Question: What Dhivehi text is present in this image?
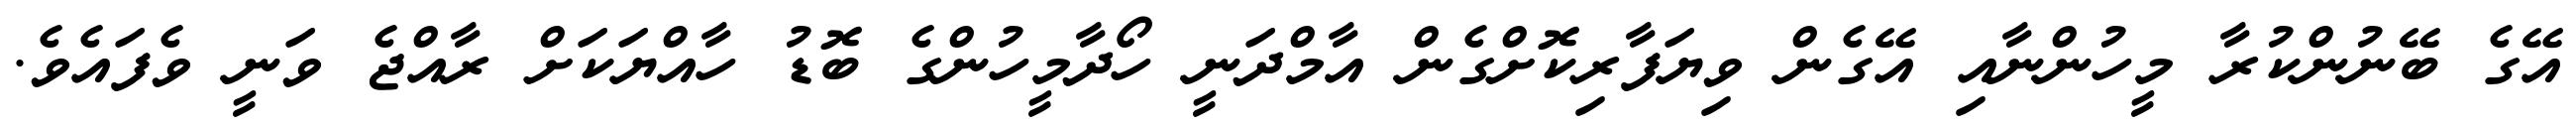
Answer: އޭގެ ބޭނުންކުރާ މީހުންނާއި އޭގެން ވިޔަފާރިކޮށްގެން އާމްދަނީ ހޯދާމީހުންގެ ބޮޑު ހާއްޔަކަށް ރާއްޖެ ވަނީ ވެފައެވެ.